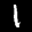
Label: 1